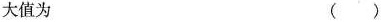
大值为 ()